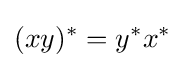
(xy)^{*}=y^{*}x^{*}